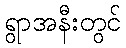
ရွာအနီးတွင်